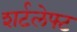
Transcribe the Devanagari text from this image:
शर्टलेफ्ट